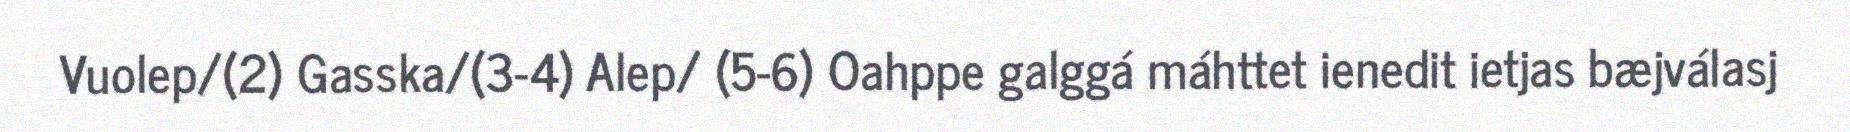
Vuolep/(2) Gasska/(3-4) Alep/ (5-6) Oahppe galggá máhttet ienedit ietjas bæjválasj